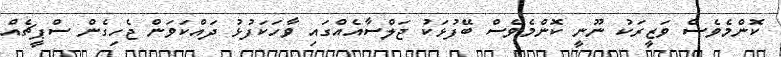
ކޮންމެވެސް ވަޒީރަކު ނޫނީ ކޮންމެވެސް ބޭފުޅަކު ޖަލްސާއެއްގައި ވާހަކަފުޅު ދައްކަވަން ޖެހިގެން ސްޕީޗެއް